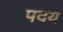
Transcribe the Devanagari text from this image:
पदय